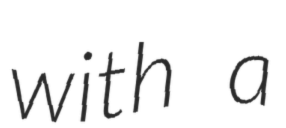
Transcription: with a